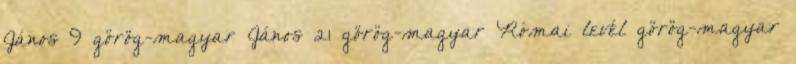
János 9 görög-magyar János 21 görög-magyar Római levél görög-magyar